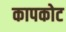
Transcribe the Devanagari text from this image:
कापकोट